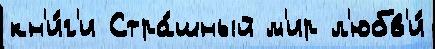
кн'и́г'и Стра́шный м'ир л'юбв'и́